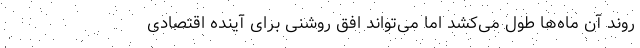
روند آن ماه‌ها طول می‌کشد اما می‌تواند افق روشنی برای آینده اقتصادی